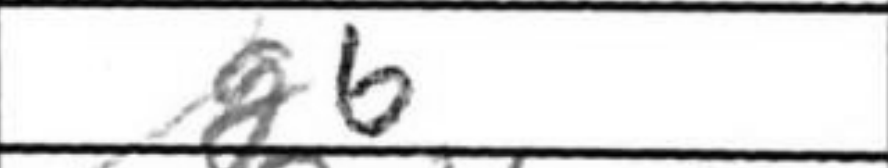
Transcription: g6